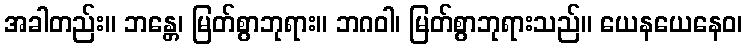
အခါတည်း။ ဘန္တေ၊ မြတ်စွာဘုရား။ ဘဂဝါ၊ မြတ်စွာဘုရားသည်။ ယေနယေနေဝ၊